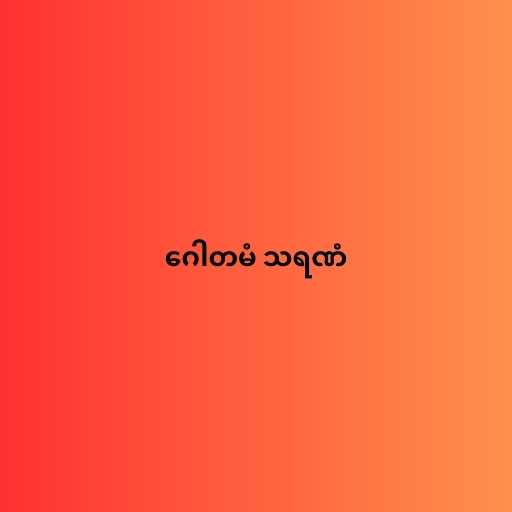
ဂေါတမံ သရဏံ